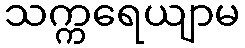
သက္ကရေယျာမ